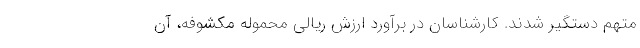
متهم دستگیر شدند. کارشناسان در برآورد ارزش ریالی محموله مکشوفه، آن